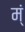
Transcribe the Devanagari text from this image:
म्ं